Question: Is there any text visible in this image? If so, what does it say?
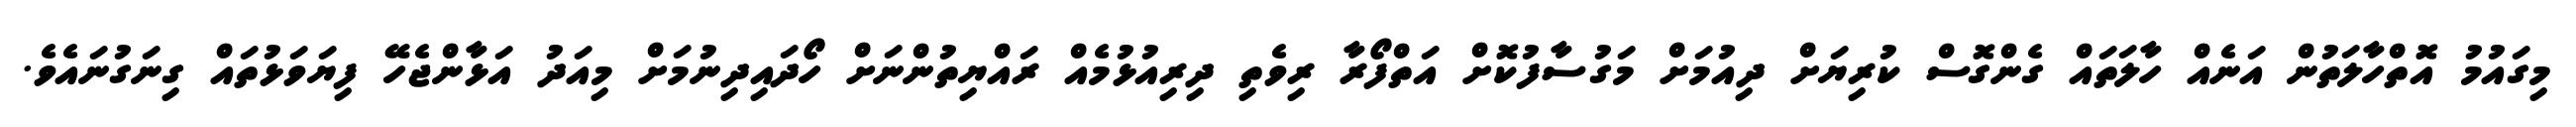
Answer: މިގައުމު އޮތްހާލަތުން އަނެއް ހާލަތައް ގެންގޮސް ކުރިޔަށް ދިއުމަށް މަގުސާފުކޮށް އަތްފޯރާ ރިވެތި ދިރިއުޅުމެއް ރައްޔިތުންނަށް ހޯދައިދިނުމަށް މިއަދު އަޅާންޖެހޭ ފިޔަވަޅުތައް ގިނަގުނައެވެ.